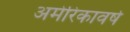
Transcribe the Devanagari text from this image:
अमेरिकावर्ष